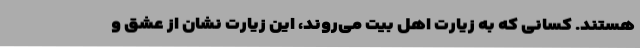
هستند. کسانی که به زیارت اهل‌ بیت می‌روند، این زیارت نشان از عشق و